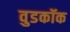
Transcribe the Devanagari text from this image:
वुडकॉक